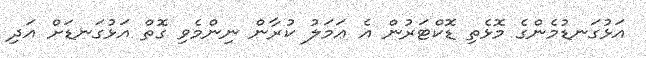
އަޅުގަނޑުމެންގެ މޮޅެތި ޑޮކްޓަރުން އެ ޢަމަލު ކުރާން ނިންމެވި ގޮތް އަޅުގަނޑަށް އަދި